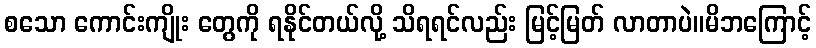
စသော ကောင်းကျိုး တွေကို ရနိုင်တယ်လို့ သိရရင်လည်း မြင့်မြတ် လာတာပဲ။မိဘကြောင့်